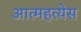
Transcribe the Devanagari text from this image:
आत्महत्येस